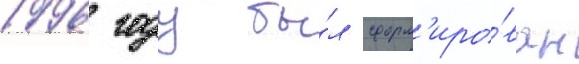
1996 году бы́л сформ'иро́ван